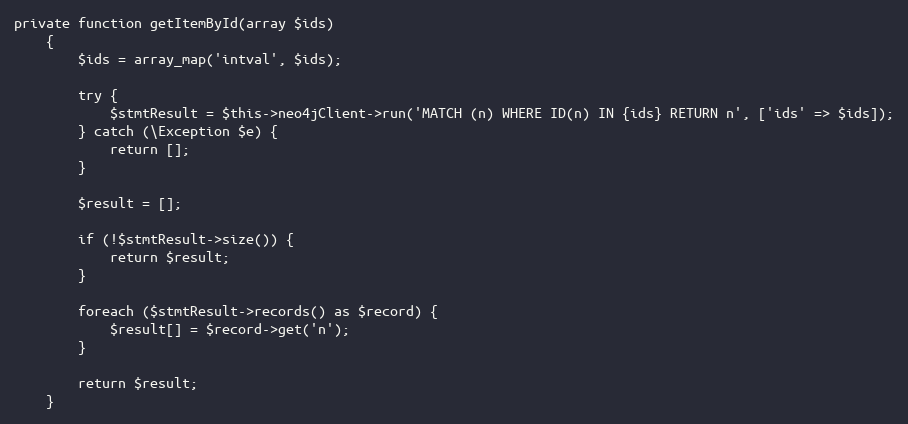
Language: PHP
private function getItemById(array $ids)
    {
        $ids = array_map('intval', $ids);

        try {
            $stmtResult = $this->neo4jClient->run('MATCH (n) WHERE ID(n) IN {ids} RETURN n', ['ids' => $ids]);
        } catch (\Exception $e) {
            return [];
        }

        $result = [];

        if (!$stmtResult->size()) {
            return $result;
        }

        foreach ($stmtResult->records() as $record) {
            $result[] = $record->get('n');
        }

        return $result;
    }